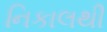
નિકાલથી